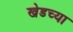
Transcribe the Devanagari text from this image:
खेडच्या